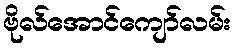
ဗိုလ်အောင်ကျော်လမ်း